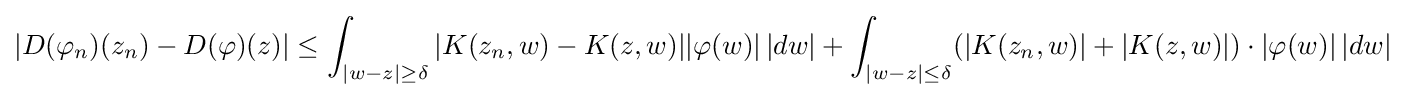
|D(\varphi _{n})(z_{n})-D(\varphi )(z)|\leq \int _{|w-z|\geq \delta }|K(z_{n},w)-K(z,w)||\varphi (w)|\,|dw|+\int _{|w-z|\leq \delta }(|K(z_{n},w)|+|K(z,w)|)\cdot |\varphi (w)|\,|dw|